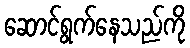
ဆောင်ရွက်နေသည်ကို